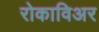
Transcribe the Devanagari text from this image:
रोकाविअर